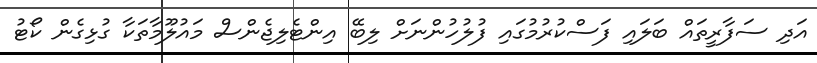
އަދި ސަފާރީތައް ބަލައި ފަސްކުރުމުގައި ފުލުހުންނަށް ލިބޭ އިންޓެލިޖެންސް މައުލޫމާތަކާ ގުޅިގެން ކޯޓު